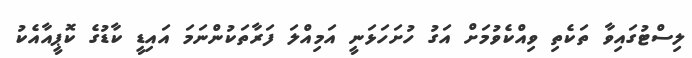
ލިސްޓުގައިވާ ތަކެތި ވިއްކެވުމަށް އަގު ހުށަހަޅަނީ އަމިއްލަ ފަރާތަކުންނަމަ އައިޑީ ކާޑުގެ ކޮޕީއާއެކު